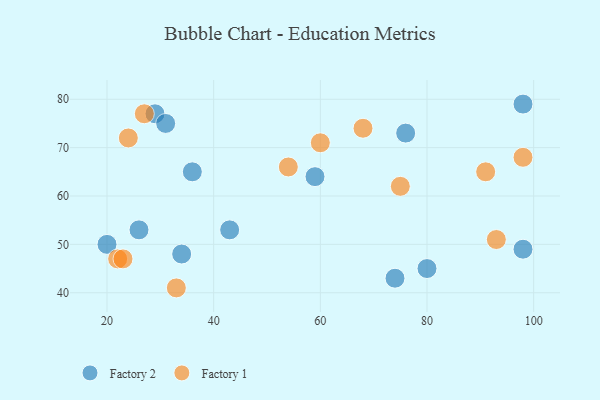
{"axis": {"x": "GDP", "y": "Life Expectancy"}, "legend": ["Factory 1", "Factory 2"], "data": [{"x": "74", "y": 43, "type": "Factory 2"}, {"x": "98", "y": 79, "type": "Factory 2"}, {"x": "80", "y": 45, "type": "Factory 2"}, {"x": "29", "y": 77, "type": "Factory 2"}, {"x": "34", "y": 48, "type": "Factory 2"}, {"x": "43", "y": 53, "type": "Factory 2"}, {"x": "26", "y": 53, "type": "Factory 2"}, {"x": "59", "y": 64, "type": "Factory 2"}, {"x": "76", "y": 73, "type": "Factory 2"}, {"x": "20", "y": 50, "type": "Factory 2"}, {"x": "31", "y": 75, "type": "Factory 2"}, {"x": "36", "y": 65, "type": "Factory 2"}, {"x": "98", "y": 49, "type": "Factory 2"}, {"x": "60", "y": 71, "type": "Factory 1"}, {"x": "68", "y": 74, "type": "Factory 1"}, {"x": "91", "y": 65, "type": "Factory 1"}, {"x": "75", "y": 62, "type": "Factory 1"}, {"x": "22", "y": 47, "type": "Factory 1"}, {"x": "33", "y": 41, "type": "Factory 1"}, {"x": "98", "y": 68, "type": "Factory 1"}, {"x": "23", "y": 47, "type": "Factory 1"}, {"x": "24", "y": 72, "type": "Factory 1"}, {"x": "54", "y": 66, "type": "Factory 1"}, {"x": "27", "y": 77, "type": "Factory 1"}, {"x": "93", "y": 51, "type": "Factory 1"}]}